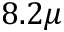
8 . 2 \mu